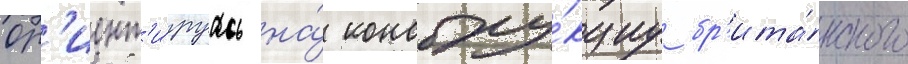
Ор'иент'и́руась на́ констру́кциу бр'ита́нского